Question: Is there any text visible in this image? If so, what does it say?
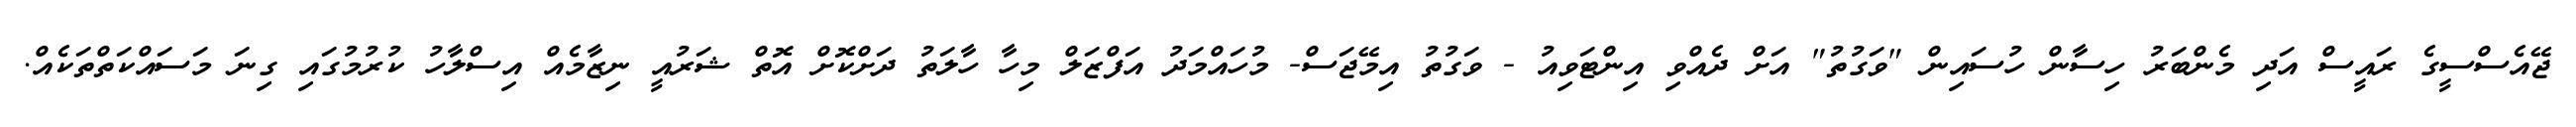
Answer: ޖޭއެސްސީގެ ރައީސް އަދި މެންބަރު ހިސާން ހުސައިން "ވަގުތު" އަށް ދެއްވި އިންޓަވިއު - ވަގުތު އިމޭޖަސް- މުހައްމަދު އަފްޒަލް މިހާ ހާލަތު ދަށްކޮށް އޮތް ޝަރުއީ ނިޒާމެއް އިސްލާހު ކުރުމުގައި ގިނަ މަސައްކަތްތަކެއް.